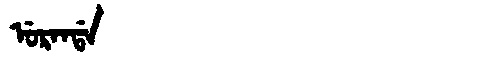
Manchu: ᡠᡵᠠᠨᡩᠠ
Romanization: URANDA